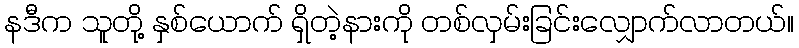
နဒီက သူတို့ နှစ်ယောက် ရှိတဲ့နားကို တစ်လှမ်းခြင်းလျှောက်လာတယ်။